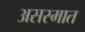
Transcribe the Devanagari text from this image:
असस्मात